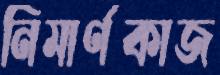
নিমার্ণকাজ